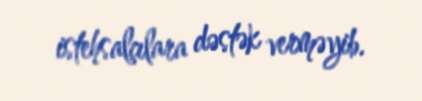
istehsalçılara dəstək verməyib.